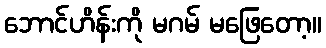
ဘောင်ဟိန်းကို မဂမ် မဖြေတော့။